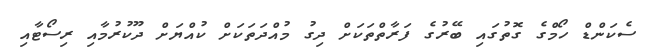
ސެކަންޑް ހޯމްގެ ގޮތުގައި ބޭރުގެ ފަރާތްތަކަށް ދިގު މުއްދަތަކަށް ކުއްޔަށް ދޫކުރުމާއި ރިސޯޓާއި